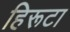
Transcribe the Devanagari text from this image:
हिरूटा